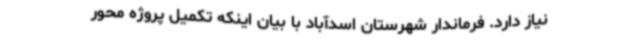
نیاز دارد. فرماندار شهرستان اسدآباد با بیان اینکه تکمیل پروژه محور